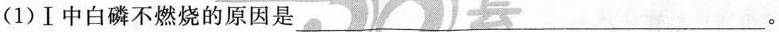
(1)Ⅰ中白磷不燃烧的原因是___.